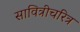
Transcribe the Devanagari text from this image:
सावित्रीचरित्र